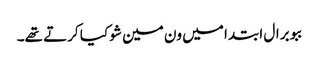
ببو برال ابتدا میں ون مین شو کیا کرتے تھے۔